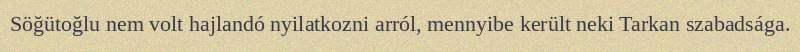
Söğütoğlu nem volt hajlandó nyilatkozni arról, mennyibe került neki Tarkan szabadsága.